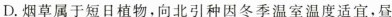
D.烟草属于短日植物，向北引种因冬季温室温度适宜，昼